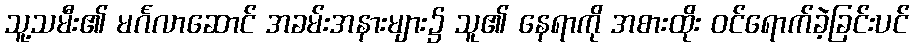
သူ့သမီး၏ မင်္ဂလာဆောင် အခမ်းအနားများ၌ သူ၏ နေရာကို အစားထိုး ဝင်ရောက်ခဲ့ခြင်းပင်